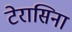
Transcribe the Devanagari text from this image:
टेरासिना